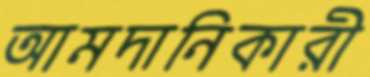
আমদানিকারী